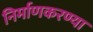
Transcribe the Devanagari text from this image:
निर्माणकरण्या